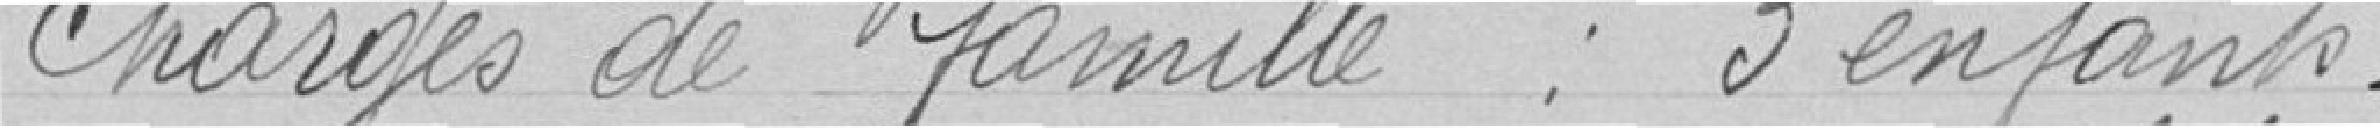
Charges de famille : 3 enfants.